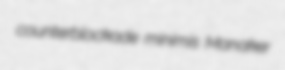
counterblockade minimis Manaker